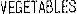
VEGETABLES